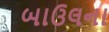
બાઉલના